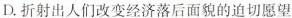
D.折射出人们改变经济落后面貌的迫切愿望